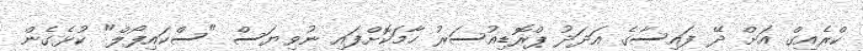
ކްރެއިގް އަށް ދޭ ފައިސާގެ އަދަދު ޕްރޮޑިއުސަރު ހާމަކޮށްފައި ނުވިޔަސް "ސްކައިފޯލް" ކުޅެގެން